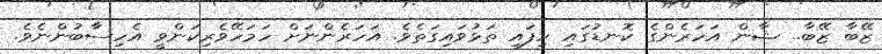
ޒޭބާ ޒޭބާ.. ޝާން އަހަރެންގެ ކޮނޑުގައި ހިފައި ތަޅުވައިގަތެވެ. އަހަރެންނަށް ހަމަހޭވެރިކަންވީ އެހިސާބުންނެވެ.